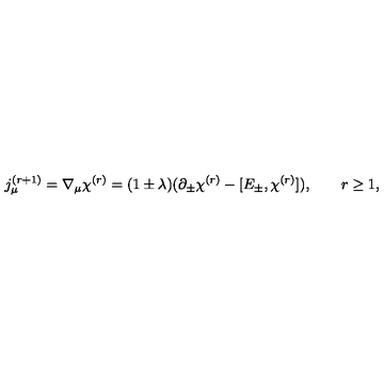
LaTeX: j _ { \mu } ^ { ( r + 1 ) } = \nabla _ { \mu } \chi ^ { ( r ) } = ( 1 \pm \lambda ) ( \partial _ { \pm } \chi ^ { ( r ) } - [ E _ { \pm } , \chi ^ { ( r ) } ] ) , \qquad r \geq 1 ,